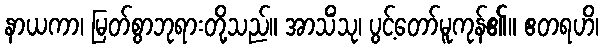
နာယကာ၊ မြတ်စွာဘုရားတို့သည်။ အာသိံသု၊ ပွင့်တော်မူကုန်၏။ ဧတရဟိ၊